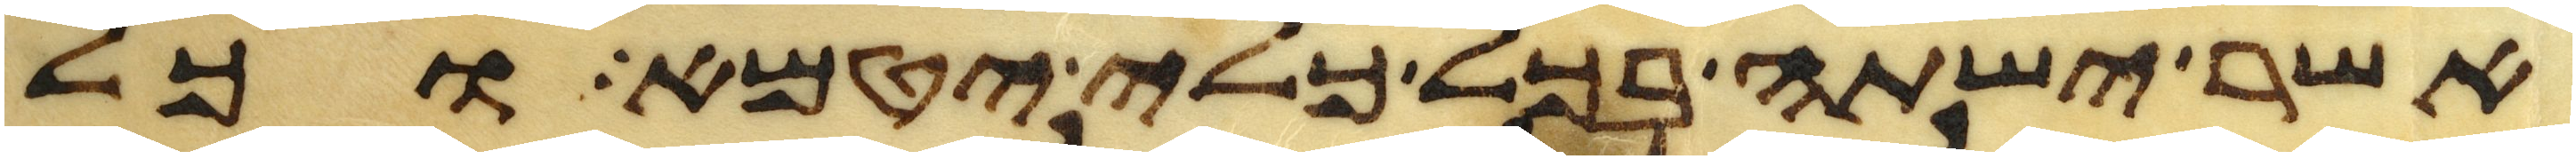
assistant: אשר ישתה בכל כלי יטמא וכל